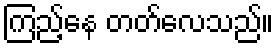
ကြည့်နေ တတ်လေသည်။